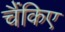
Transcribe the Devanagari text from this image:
चैंकिए